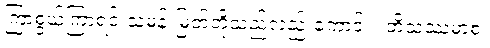
ကြာစွယ်ကြာရင်းသမန်းမြတ်တို့သည်လည်းကောင်း။ ဘိသဿမာစ၊